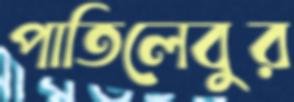
পাতিলেবুর